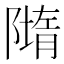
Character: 𨼢